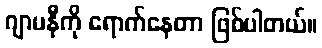
ဂျာမနီကို ရောက်နေတာ ဖြစ်ပါတယ်။